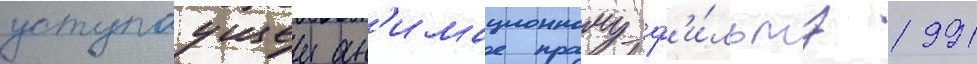
уступаущеи ан'имационному ф'и́льму 1991